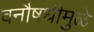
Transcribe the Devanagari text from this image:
वनौषधीमुळे